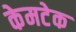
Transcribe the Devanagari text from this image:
केमटेक